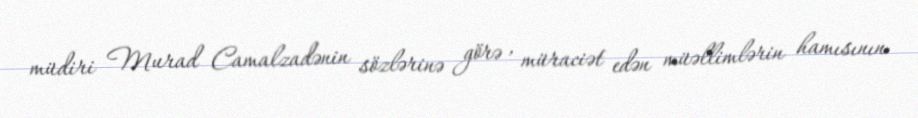
müdiri Murad Camalzadənin sözlərinə görə , müraciət edən müəllimlərin hamısının